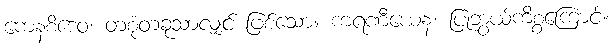
ကေနစိဒေဝ၊ တစုံတခုသာလျှင် ဖြစ်သော။ ကရဏီယေန၊ ပြုဘွယ်ကိစ္စကြောင့်။